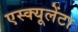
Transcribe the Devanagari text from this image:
एस्क्यूलेंटा